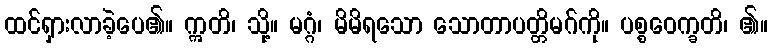
ထင်ရှားလာခဲ့ပေ၏။ ဣတိ၊ သို့။ မဂ္ဂံ၊ မိမိရသော သောတာပတ္တိမဂ်ကို။ ပစ္စဝေက္ခတိ၊ ၏။